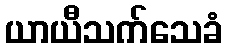
ယာယီသက်သေခံ